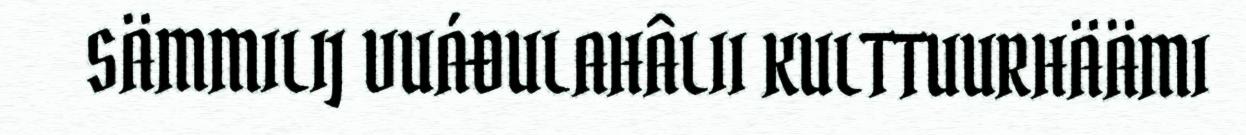
SÄMMILIJ VUÁĐULAHÂLII KULTTUURHÄÄMI